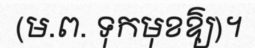
(ម.ព. ទុកមុខឱ្យ)។